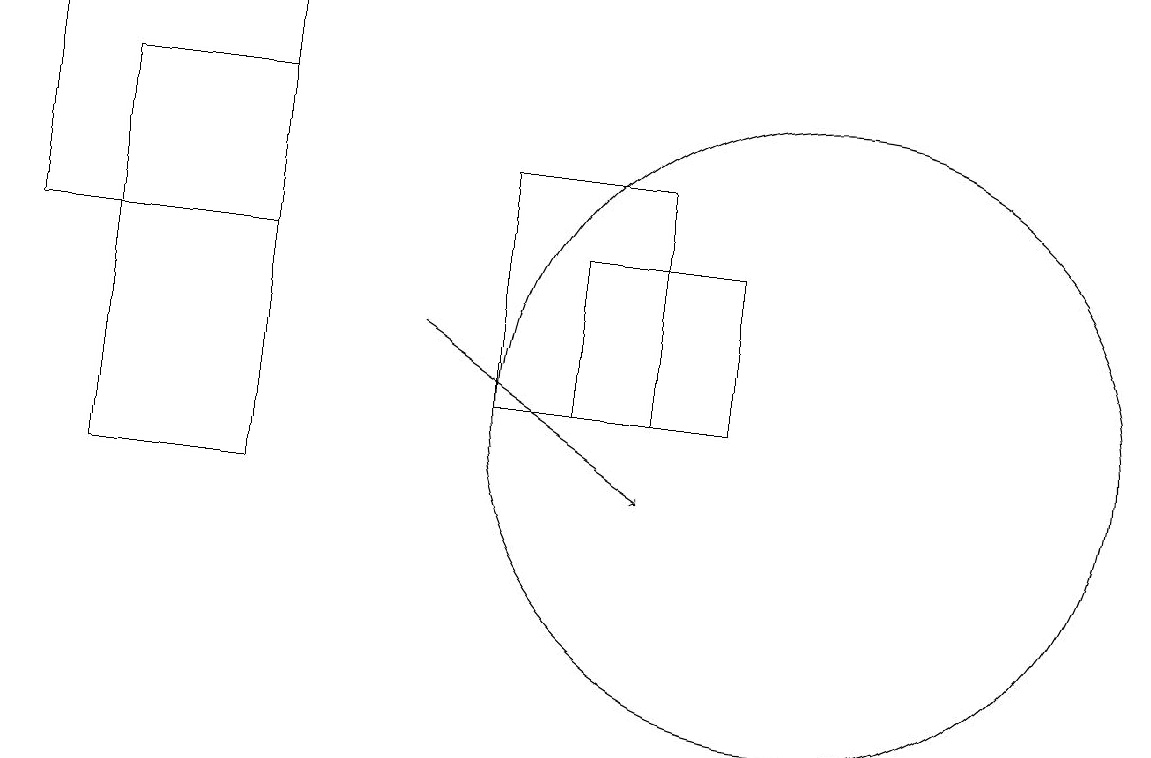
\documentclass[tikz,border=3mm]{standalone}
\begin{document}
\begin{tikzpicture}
\draw (9,12) rectangle (7,14);
\draw (8,15) rectangle (6,12);
\draw[->] (5,13) -- (8,11);
\draw (1,16) rectangle (3,11);
\draw (0,17) rectangle (3,14);
\draw (10,12) circle (4);
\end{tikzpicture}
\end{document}